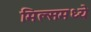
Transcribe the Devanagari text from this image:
मिल्समध्ये